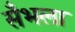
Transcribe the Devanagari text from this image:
सँभला